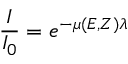
\frac { I } { I _ { 0 } } = e ^ { - \mu ( E , Z ) \lambda }